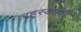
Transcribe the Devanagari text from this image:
रहस्‍यमयी